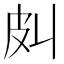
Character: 𰤞